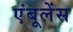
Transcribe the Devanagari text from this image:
एंबूलेंस